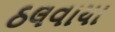
ઠલવાયા